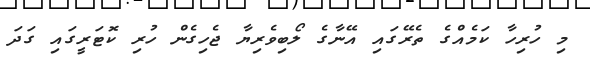
މި ހުރިހާ ކަމެއްގެ ތެރޭގައި އޭނާގެ ލޯބިވެރިޔާ ޖެހިގެން ހުރި ކޮޓަރީގައި ގަދަ